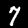
Digit: 7